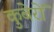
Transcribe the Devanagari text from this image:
कुबेरों